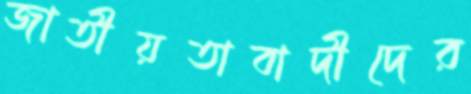
জাতীয়তাবাদীদের